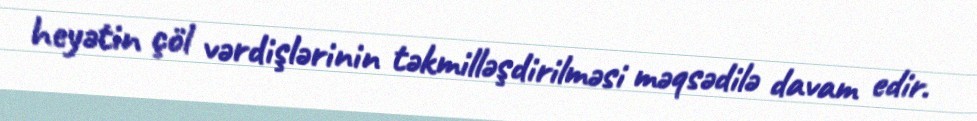
heyətin çöl vərdişlərinin təkmilləşdirilməsi məqsədilə davam edir.